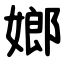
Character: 嫏